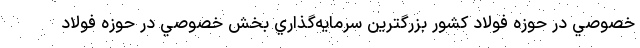
خصوصي در حوزه فولاد كشور بزرگترين سرمايه‌گذاري بخش خصوصي در حوزه فولاد